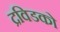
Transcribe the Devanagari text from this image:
द्रविडको